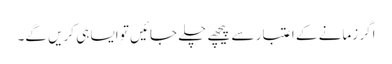
اگر زمانے کے اعتبار سے پیچھے چلے جائیں تو ایسا ہی کریں گے۔